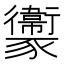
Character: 𧲔